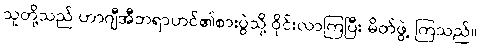
သူတို့သည် ဟာဂျီအီဘရာဟင်၏စားပွဲသို့ ဝိုင်းလာကြပြီး မိတ်ဖွဲ့ ကြသည်။